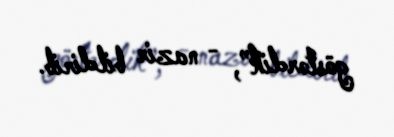
göstərdik”, - nazir bildirib.